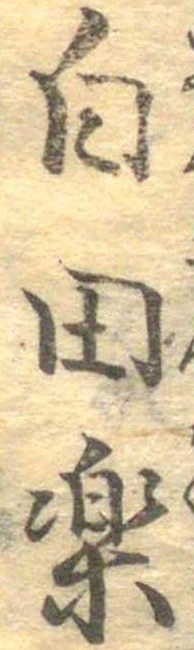
白田楽